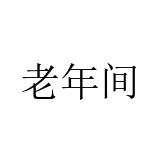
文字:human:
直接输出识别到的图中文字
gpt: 老年间